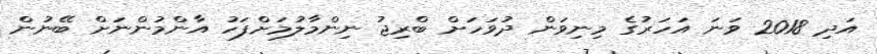
އަދި 2018 ވަނަ އަހަރުގެ މިނިވަން ދުވަހަށް ބްރިޖު ނިންމާލުމަށްފަހު އާންމުންނަށް ބޭނުން